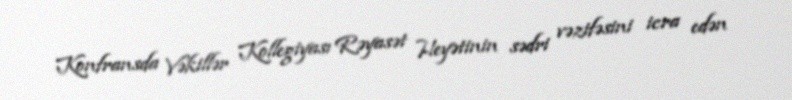
Konfransda Vəkillər Kollegiyası Rəyasət Heyətinin sədri vəzifəsini icra edən